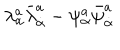
LaTeX: \lambda _ { \alpha } ^ { a } \bar { \lambda } _ { \dot { \alpha } } ^ { a } - \psi _ { \alpha } ^ { a } \bar { \psi } _ { \dot { \alpha } } ^ { a }